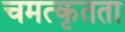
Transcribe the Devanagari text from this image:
चमत्कृतता